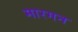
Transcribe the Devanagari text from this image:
मारगन